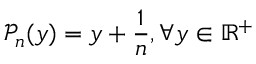
\mathcal { P } _ { n } ( y ) = y + \frac { 1 } { n } , \forall y \in \mathbb { R } ^ { + }